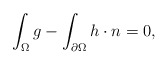
\begin{align*}\int_\Omega g -\int_{\partial\Omega} h \cdot n=0,\end{align*}